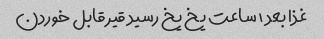
غذا بعد ۱ ساعت یخ یخ رسید قیر قابل خوردن